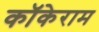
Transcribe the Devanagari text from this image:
कॉकेराम